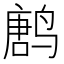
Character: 𱊝